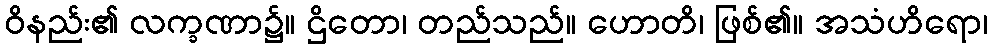
ဝိနည်း၏ လက္ခဏာ၌။ ဌိတော၊ တည်သည်။ ဟောတိ၊ ဖြစ်၏။ အသံဟိရော၊